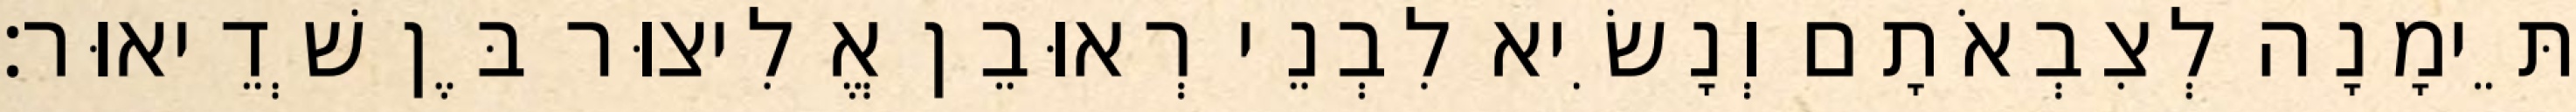
תֵּימָנָה לְצִבְאֹתָם וְנָשִׂיא לִבְנֵי רְאוּבֵן אֱלִיצוּר בֶּן שְׁדֵיאוּר׃